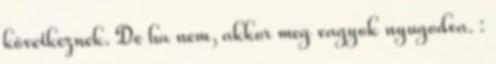
következnek. De ha nem, akkor meg vagyok nyugodva. :